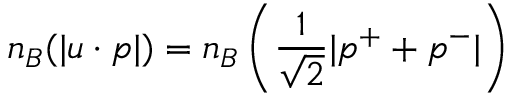
n _ { B } ( | u \cdot p | ) = n _ { B } \left( \frac { 1 } { \sqrt { 2 } } | p ^ { + } + p ^ { - } | \right)